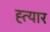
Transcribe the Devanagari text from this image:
ह्त्यार